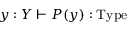
y : Y \vdash P ( y ) : \mathrm { T y p e }